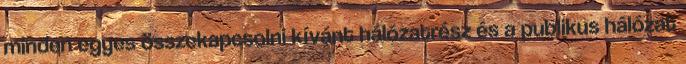
minden egyes összekapcsolni kívánt hálózatrész és a publikus hálózat